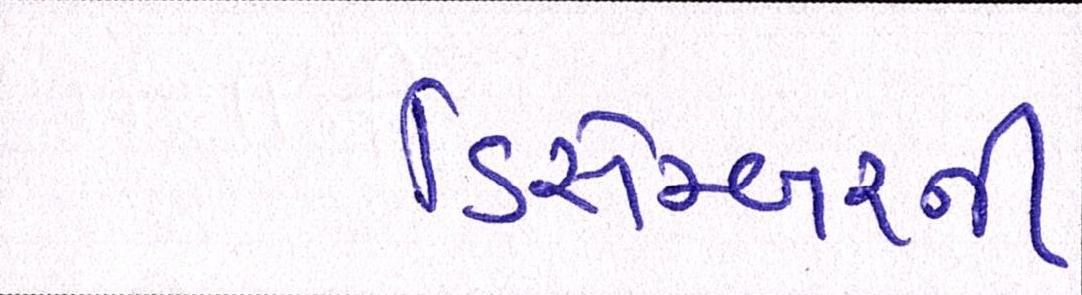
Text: ડિસેમ્બરની